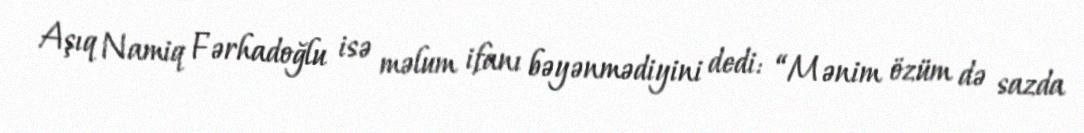
Aşıq Namiq Fərhadoğlu isə məlum ifanı bəyənmədiyini dedi: “Mənim özüm də sazda